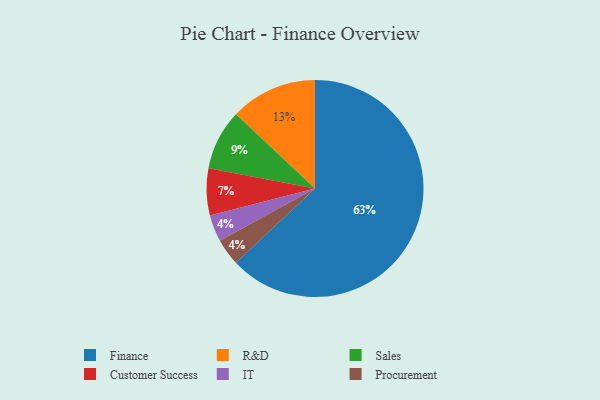
{"axis": {"x": "Category", "y": "Percentage"}, "legend": ["Customer Success", "Finance", "IT", "Procurement", "R&D", "Sales"], "data": [{"x": "Customer Success", "y": 7, "type": "Customer Success"}, {"x": "IT", "y": 4, "type": "IT"}, {"x": "Finance", "y": 63, "type": "Finance"}, {"x": "R&D", "y": 13, "type": "R&D"}, {"x": "Procurement", "y": 4, "type": "Procurement"}, {"x": "Sales", "y": 9, "type": "Sales"}]}